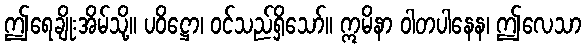
ဤရေချိုးအိမ်သို့။ ပဝိဋ္ဌော၊ ဝင်သည်ရှိသော်။ ဣမိနာ ဝါတပါနေန၊ ဤလေသာ